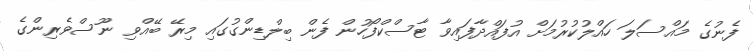
ފެނުގެ މައްސަލަ ހައްލުކުރުމަށް އުފައްދާފައިވާ ޓާސްކްފޯހުން ފެން ބިލްޑިންގުގައި މިރޭ ބޭއްވި ނޫސްވެރިންގެ